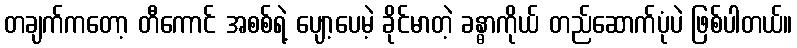
တချက်ကတော့ တီကောင် အစစ်ရဲ့ ပျော့ပေမဲ့ ခိုင်မာတဲ့ ခန္ဓာကိုယ် တည်ဆောက်ပုံပဲ ဖြစ်ပါတယ်။